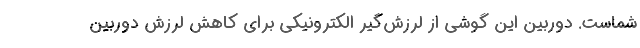
شماست. دوربین این گوشی از لرزش‌گیر الکترونیکی برای کاهش لرزش دوربین